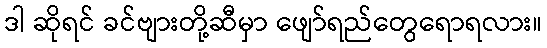
ဒါ ဆိုရင် ခင်ဗျားတို့ဆီမှာ ဖျော်ရည်တွေရောရလား။